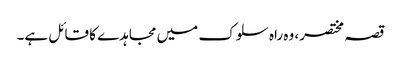
قصہ مختصر، وہ راہ سلوک میں مجاہدے کا قائل ہے۔